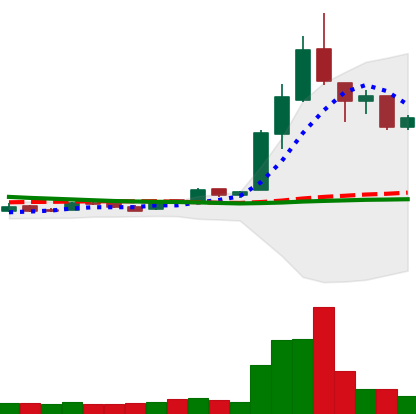
Ticker: LTC-USD
Chart end date: 2016-05-01
Forward return: 3.155%
Label: up_3_5